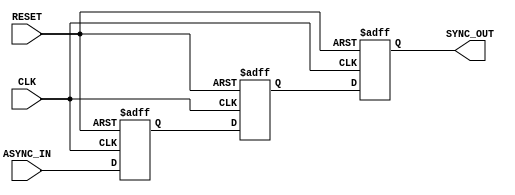
module async_to_sync_converter (
    input wire ASYNC_IN,      // Asynchronous input signal
    input wire CLK,           // Clock signal
    input wire RESET,         // Asynchronous reset signal
    output reg SYNC_OUT       // Synchronous output signal
);

    // Internal signals for the double register stage
    reg async_reg1;
    reg async_reg2;

    // Asynchronous reset and synchronous sampling
    always @(posedge CLK or posedge RESET) begin
        if (RESET) begin
            async_reg1 <= 1'b0;
            async_reg2 <= 1'b0;
            SYNC_OUT <= 1'b0;
        end else begin
            // First stage of synchronization
            async_reg1 <= ASYNC_IN;
            // Second stage of synchronization
            async_reg2 <= async_reg1;
            // Output the synchronized signal
            SYNC_OUT <= async_reg2;
        end
    end

endmodule